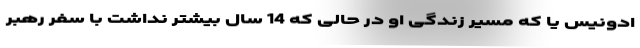
ادونیس یا که مسیر زندگی او در حالی که 14 سال بیشتر نداشت با سفر رهبر